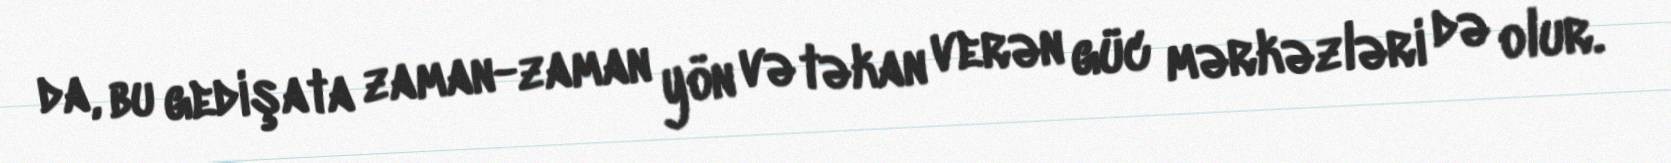
da, bu gedişata zaman-zaman yön və təkan verən güc mərkəzləri də olur.